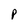
Character: P